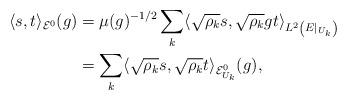
LaTeX: \begin{align*}\langle s,t\rangle_{\mathcal{E}^0}(g)&=\mu(g)^{-1/2}\sum_{k}\langle\sqrt{\rho_k}s,\sqrt{\rho_k}gt\rangle_{L^2\left(E|_{U_k}\right)}\\&=\sum_{k}\langle\sqrt{\rho_k}s,\sqrt{\rho_k}t\rangle_{\mathcal{E}^0_{U_k}}(g),\end{align*}